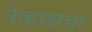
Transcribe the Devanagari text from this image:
नेव्हाडाचा